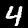
Digit: 4